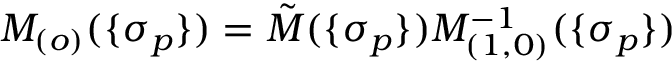
M _ { ( o ) } ( \{ \sigma _ { p } \} ) = \tilde { M } ( \{ \sigma _ { p } \} ) M _ { ( 1 , 0 ) } ^ { - 1 } ( \{ \sigma _ { p } \} )